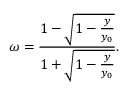
\omega = \frac { 1 - \sqrt { 1 - \frac { y } { y _ { 0 } } } } { 1 + \sqrt { 1 - \frac { y } { y _ { 0 } } } } .